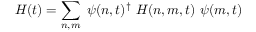
H ( t ) = \sum _ { n , m } \ \psi ( n , t ) ^ { \dagger } \ H ( n , m , t ) \ \psi ( m , t )